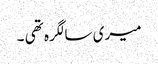
میری سالگرہ تھی ۔